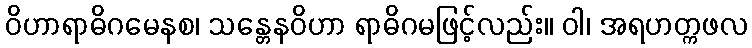
ဝိဟာရာဓိဂမေနစ၊ သန္တေနဝိဟာ ရာဓိဂမဖြင့်လည်း။ ဝါ၊ အရဟတ္ကဖလ